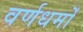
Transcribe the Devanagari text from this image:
वर्णधर्मों